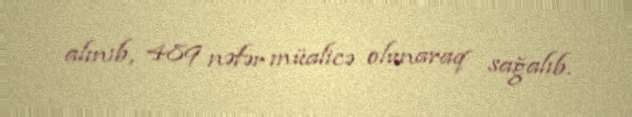
alınıb, 489 nəfər müalicə olunaraq sağalıb.